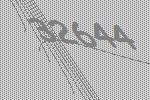
32644